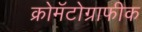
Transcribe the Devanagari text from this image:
क्रोमॅटोग्राफीक